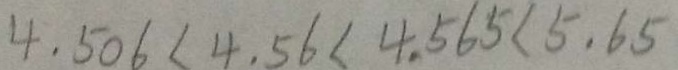
4 . 5 0 6 < 4 . 5 6 < 4 . 5 6 5 < 5 . 6 5